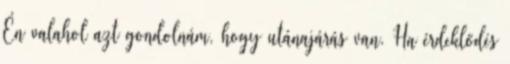
Én valahol azt gondolnám, hogy utánajárás van. Ha érdeklődés